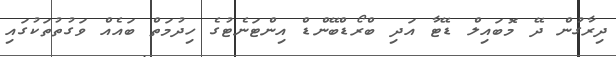
ދިރާގުން ދޭ މޮބައިލް ޑޭޓާ އަދި ބްރޯޑްބޭންޑް އިންޓަނެޓުގެ ހިދުމަތް ބައެއް ވަގުތުތަކުގައި